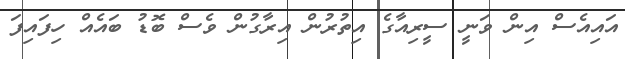
އައިއެސް އިން ވަނީ ސީރިއާގެ އިތުރުން އިރާގުން ވެސް ބޮޑު ބައެއް ހިފައިފަ